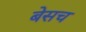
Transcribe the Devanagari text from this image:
बेसच